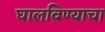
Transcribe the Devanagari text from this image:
घालविण्याचा